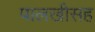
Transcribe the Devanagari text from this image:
पालखीसह